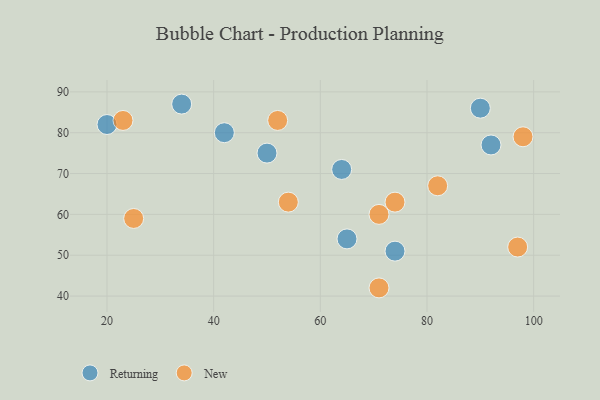
{"axis": {"x": "GDP", "y": "Life Expectancy"}, "legend": ["New", "Returning"], "data": [{"x": "92", "y": 77, "type": "Returning"}, {"x": "90", "y": 86, "type": "Returning"}, {"x": "34", "y": 87, "type": "Returning"}, {"x": "64", "y": 71, "type": "Returning"}, {"x": "50", "y": 75, "type": "Returning"}, {"x": "65", "y": 54, "type": "Returning"}, {"x": "20", "y": 82, "type": "Returning"}, {"x": "74", "y": 51, "type": "Returning"}, {"x": "42", "y": 80, "type": "Returning"}, {"x": "97", "y": 52, "type": "New"}, {"x": "98", "y": 79, "type": "New"}, {"x": "74", "y": 63, "type": "New"}, {"x": "23", "y": 83, "type": "New"}, {"x": "82", "y": 67, "type": "New"}, {"x": "71", "y": 60, "type": "New"}, {"x": "25", "y": 59, "type": "New"}, {"x": "54", "y": 63, "type": "New"}, {"x": "71", "y": 42, "type": "New"}, {"x": "52", "y": 83, "type": "New"}]}